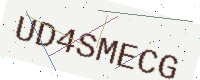
Text: UD4SMECG